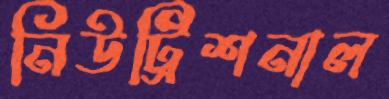
নিউট্রিশনাল